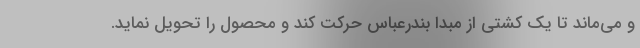
و می‌ماند تا یک کشتی از مبدا بندرعباس حرکت کند و محصول را تحویل نماید.